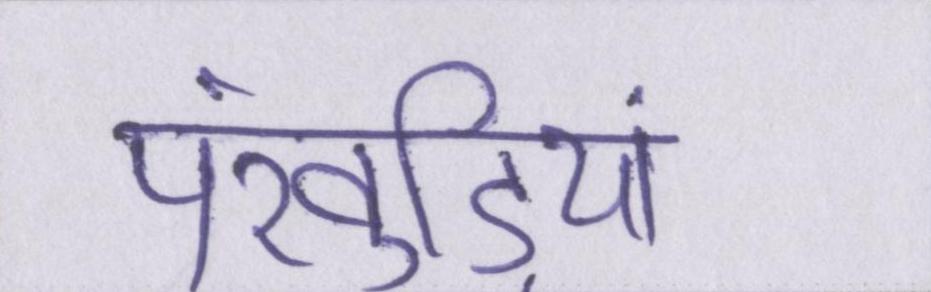
पंखुड़ियां